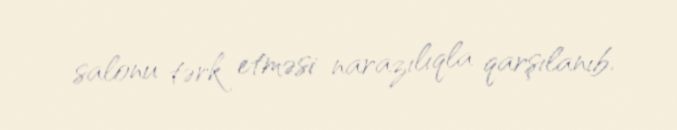
salonu tərk etməsi narazılıqla qarşılanıb.